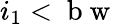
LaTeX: i_{1}<\mathrm{~b~w~}